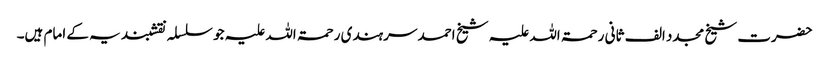
حضرت شیخ مجدد الف ثانی رحمۃ اللہ علیہ شیخ احمد سرہندی رحمۃ اللہ علیہ جو سلسلہ نقشبندیہ کے امام ہیں۔